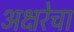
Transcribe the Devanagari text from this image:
अक्षरेचा